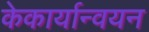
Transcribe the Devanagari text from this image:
केकार्यान्वयन